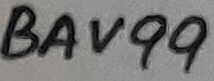
Text: BAV99